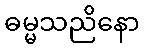
ဓမ္မသညိနော